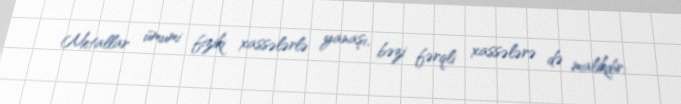
Metallar ümumi fiziki xassələrlə yanaşı, bəzi fərqli xassələrə də malikdir;